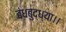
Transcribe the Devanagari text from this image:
बंधबुद्ध्या।।